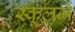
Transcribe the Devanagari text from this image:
स्कूलमें